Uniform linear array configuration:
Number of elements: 16
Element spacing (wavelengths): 1
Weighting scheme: cosine
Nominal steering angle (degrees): -45
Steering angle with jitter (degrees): -43.01
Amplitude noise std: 0.05
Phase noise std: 0.05

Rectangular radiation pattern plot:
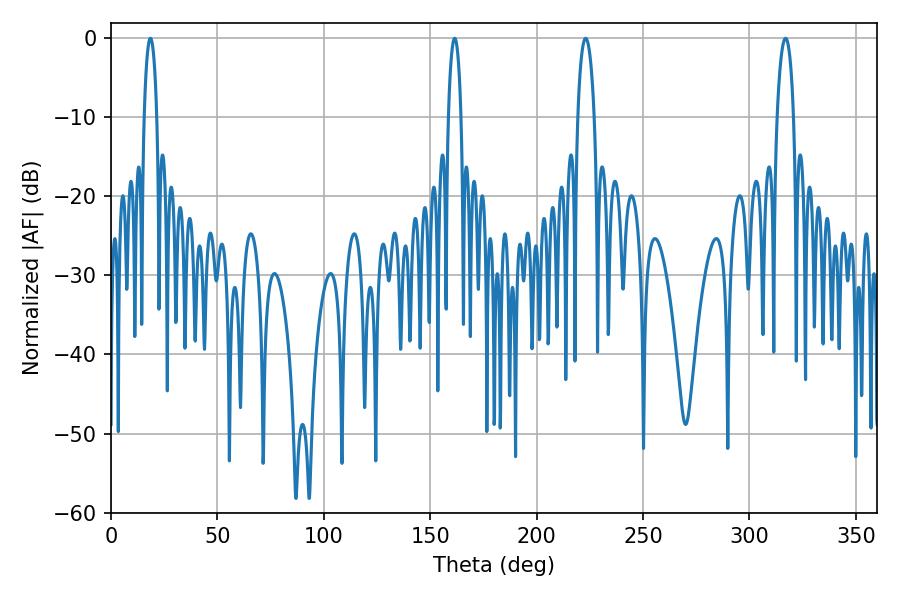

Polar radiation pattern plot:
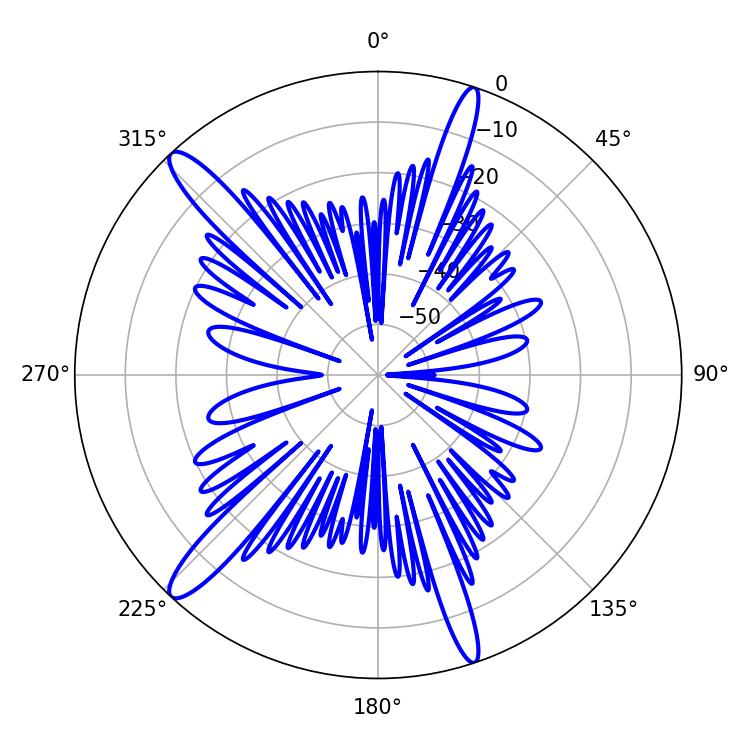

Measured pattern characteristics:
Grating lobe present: TRUE
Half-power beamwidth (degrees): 4.5
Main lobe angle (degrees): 223.02